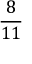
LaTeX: \frac { 8 } { 1 1 }